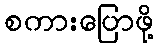
စကားပြောဖို့